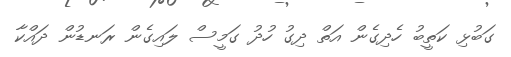
ގަބުޅި ކަތީބު ހެދިގެން އަތް ދިގު ހުދު ގަމީސް ލައިގެން ރަނޑުން ދައްކާ